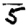
Digit: 5